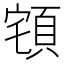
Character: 𲊮